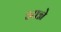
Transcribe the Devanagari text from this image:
आग्ने